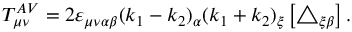
T _ { \mu \nu } ^ { A V } = 2 \varepsilon _ { \mu \nu \alpha \beta } ( k _ { 1 } - k _ { 2 } ) _ { \alpha } ( k _ { 1 } + k _ { 2 } ) _ { \xi } \left[ \triangle _ { \xi \beta } \right] .